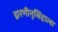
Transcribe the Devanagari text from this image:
झरणीनृसिंहाला